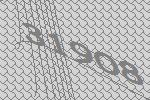
31908